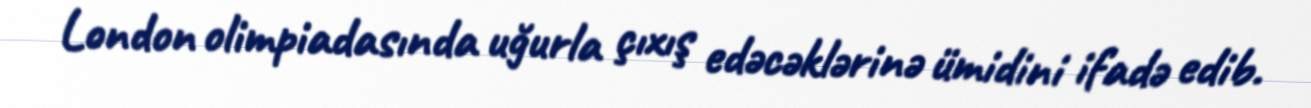
London olimpiadasında uğurla çıxış edəcəklərinə ümidini ifadə edib.